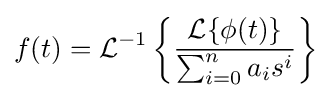
f(t)={\mathcal {L}}^{-1}\left\{{{\mathcal {L}}\{\phi (t)\} \over \sum _{i=0}^{n}a_{i}s^{i}}\right\}